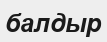
балдыр